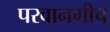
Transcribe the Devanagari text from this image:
परवानगीच